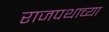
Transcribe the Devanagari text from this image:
राजपथाच्या